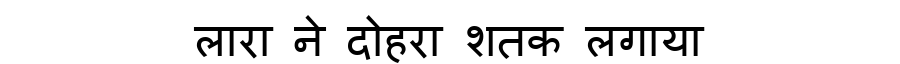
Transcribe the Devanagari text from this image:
लारा ने दोहरा शतक लगाया